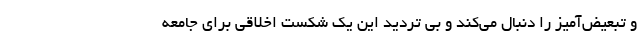
و تبعیض‌آمیز را دنبال می‌کند و بی تردید این یک شکست اخلاقی برای جامعه